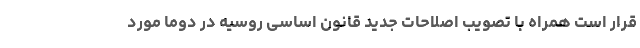
قرار است همراه با تصویب اصلاحات جدید قانون اساسی روسیه در دوما مورد